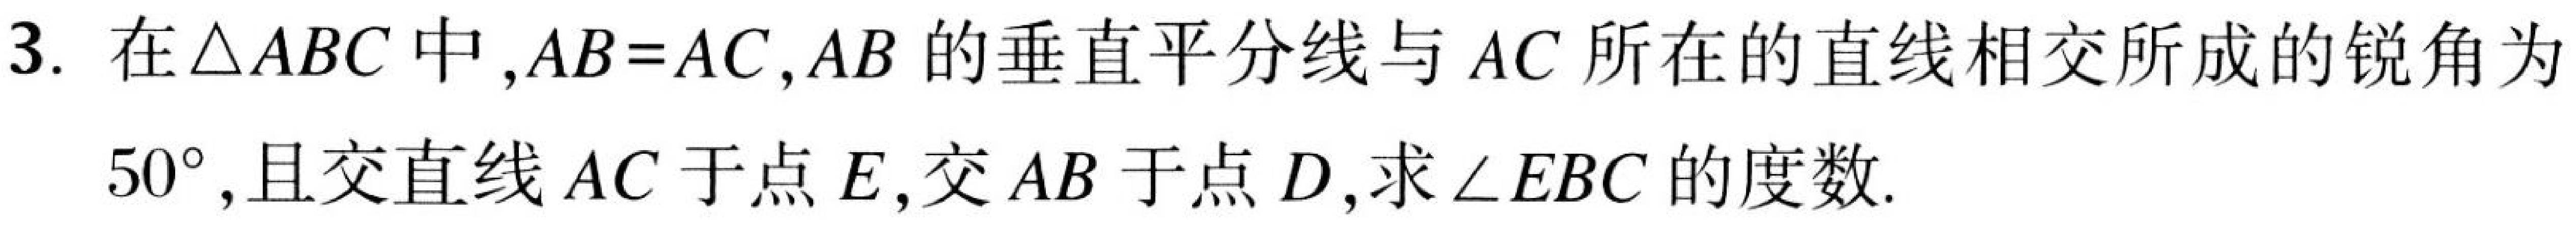
3. 在$\triangle ABC$中,$AB = AC$,$AB$的垂直平分线与$AC$所在的直线相交所成的锐角为$50^{\circ}$,且交直线$AC$于点$E$,交$AB$于点$D$,求$\angle EBC$的度数.